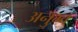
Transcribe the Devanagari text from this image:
अनुभ्व